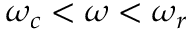
\omega _ { c } < \omega < \omega _ { r }